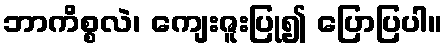
ဘာကိစ္စလဲ၊ ကျေးဇူးပြု၍ ပြောပြပါ။